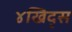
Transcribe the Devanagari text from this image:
४खिद्स